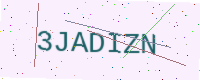
Text: 3JADIZN